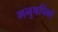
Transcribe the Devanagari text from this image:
मनुषपिणे